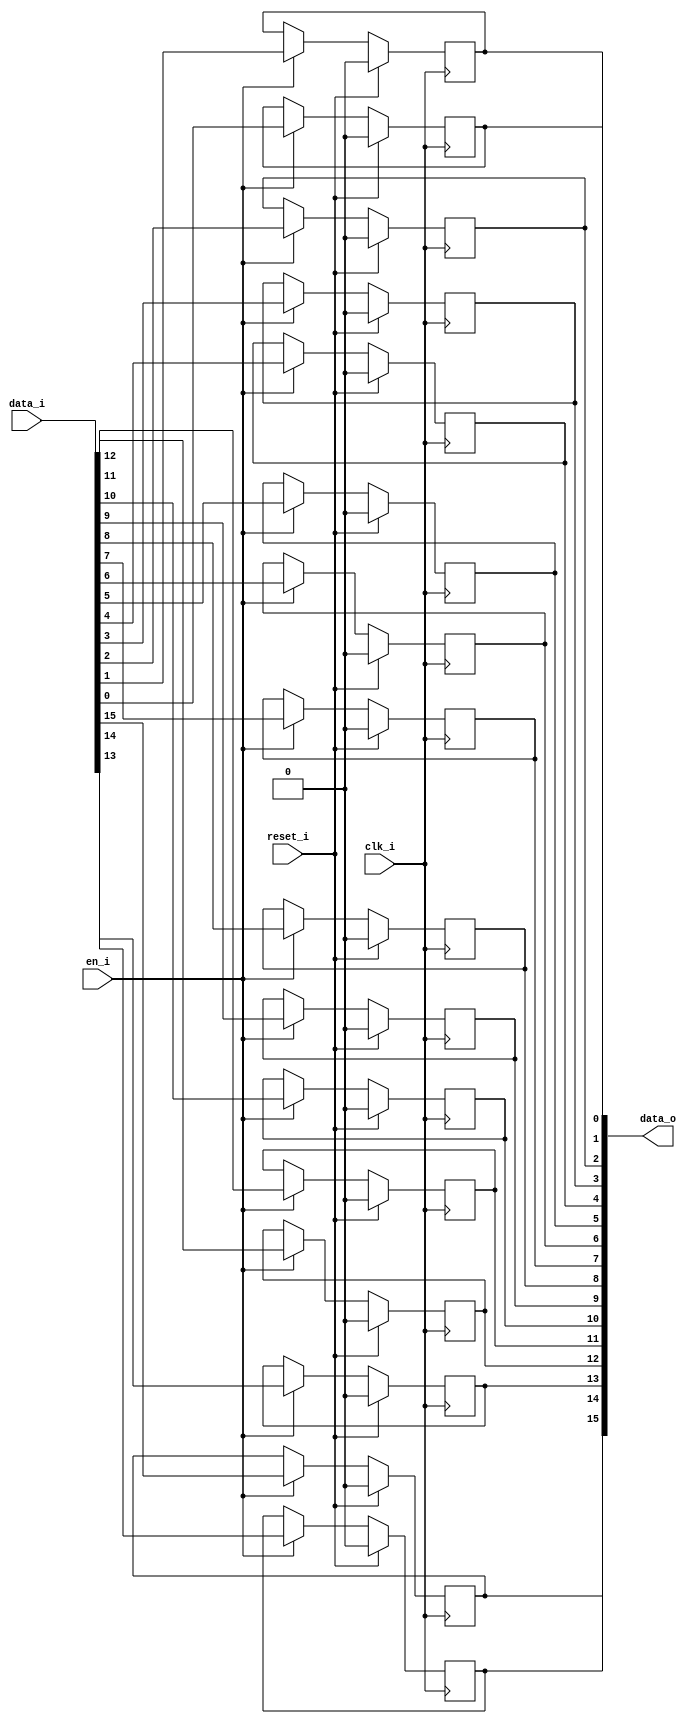
// This program was cloned from: https://github.com/chipsalliance/UHDM-integration-tests
// License: Apache License 2.0

/* Generated by Yosys 0.27+9 (git sha1 101d19bb6, gcc 11.2.0-7ubuntu2 -fPIC -Os) */

(* top =  1  *)

module bsg_dff_reset_en(clk_i, reset_i, en_i, data_i, data_o);
  
  input clk_i;
  wire clk_i;
  
  input [15:0] data_i;
  wire [15:0] data_i;
  
  output [15:0] data_o;
  wire [15:0] data_o;
  
  reg [15:0] data_r;
  
  input en_i;
  wire en_i;
  
  input reset_i;
  wire reset_i;
  (* \always_ff  = 32'd1 *)
  
  always @(posedge clk_i)
    if (reset_i) data_r[13] <= 1'h0;
    else if (en_i) data_r[13] <= data_i[13];
  (* \always_ff  = 32'd1 *)
  
  always @(posedge clk_i)
    if (reset_i) data_r[14] <= 1'h0;
    else if (en_i) data_r[14] <= data_i[14];
  (* \always_ff  = 32'd1 *)
  
  always @(posedge clk_i)
    if (reset_i) data_r[15] <= 1'h0;
    else if (en_i) data_r[15] <= data_i[15];
  (* \always_ff  = 32'd1 *)
  
  always @(posedge clk_i)
    if (reset_i) data_r[0] <= 1'h0;
    else if (en_i) data_r[0] <= data_i[0];
  (* \always_ff  = 32'd1 *)
  
  always @(posedge clk_i)
    if (reset_i) data_r[1] <= 1'h0;
    else if (en_i) data_r[1] <= data_i[1];
  (* \always_ff  = 32'd1 *)
  
  always @(posedge clk_i)
    if (reset_i) data_r[2] <= 1'h0;
    else if (en_i) data_r[2] <= data_i[2];
  (* \always_ff  = 32'd1 *)
  
  always @(posedge clk_i)
    if (reset_i) data_r[3] <= 1'h0;
    else if (en_i) data_r[3] <= data_i[3];
  (* \always_ff  = 32'd1 *)
  
  always @(posedge clk_i)
    if (reset_i) data_r[4] <= 1'h0;
    else if (en_i) data_r[4] <= data_i[4];
  (* \always_ff  = 32'd1 *)
  
  always @(posedge clk_i)
    if (reset_i) data_r[5] <= 1'h0;
    else if (en_i) data_r[5] <= data_i[5];
  (* \always_ff  = 32'd1 *)
  
  always @(posedge clk_i)
    if (reset_i) data_r[6] <= 1'h0;
    else if (en_i) data_r[6] <= data_i[6];
  (* \always_ff  = 32'd1 *)
  
  always @(posedge clk_i)
    if (reset_i) data_r[7] <= 1'h0;
    else if (en_i) data_r[7] <= data_i[7];
  (* \always_ff  = 32'd1 *)
  
  always @(posedge clk_i)
    if (reset_i) data_r[8] <= 1'h0;
    else if (en_i) data_r[8] <= data_i[8];
  (* \always_ff  = 32'd1 *)
  
  always @(posedge clk_i)
    if (reset_i) data_r[9] <= 1'h0;
    else if (en_i) data_r[9] <= data_i[9];
  (* \always_ff  = 32'd1 *)
  
  always @(posedge clk_i)
    if (reset_i) data_r[10] <= 1'h0;
    else if (en_i) data_r[10] <= data_i[10];
  (* \always_ff  = 32'd1 *)
  
  always @(posedge clk_i)
    if (reset_i) data_r[11] <= 1'h0;
    else if (en_i) data_r[11] <= data_i[11];
  (* \always_ff  = 32'd1 *)
  
  always @(posedge clk_i)
    if (reset_i) data_r[12] <= 1'h0;
    else if (en_i) data_r[12] <= data_i[12];
  assign data_o = data_r;
endmodule